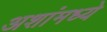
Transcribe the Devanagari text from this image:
अशांमध्ये